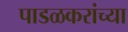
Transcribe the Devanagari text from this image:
पाडळकरांच्या